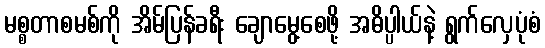
မစ္စတာစမစ်ကို အိမ်ပြန်ခရီး ချောမွေ့စေဖို့ အဓိပ္ပါယ်နဲ့ ရွက်လှေပုံစံ